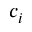
c _ { i }